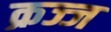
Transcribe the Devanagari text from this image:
क्रज्ज